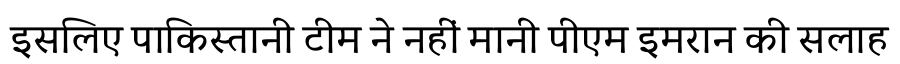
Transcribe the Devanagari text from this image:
इसलिए पाकिस्तानी टीम ने नहीं मानी पीएम इमरान की सलाह